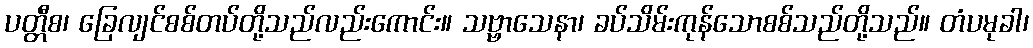
ပတ္တီစ၊ ခြေလျင်စစ်တပ်တို့သည်လည်းကောင်း။ သဗ္ဗာသေနာ၊ ခပ်သိမ်းကုန်သောစစ်သည်တို့သည်။ တံပမုခါ၊